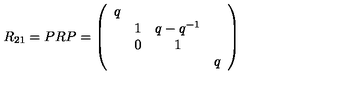
R _ { 2 1 } = P R P = \left( \begin{array} { c c c c } { q } & { } & { } & { } \\ { } & { 1 } & { q - q ^ { - 1 } } & { } \\ { } & { 0 } & { 1 } & { } \\ { } & { } & { } & { q } \\ \end{array} \right)